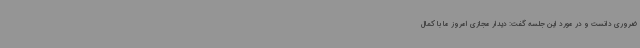
ضروری دانست و در مورد این جلسه گفت: دیدار مجازی امروز ما با کمال